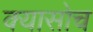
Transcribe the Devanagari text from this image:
क्यासोच